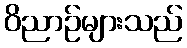
ဝိညာဉ်များသည်